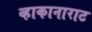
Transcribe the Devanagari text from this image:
व्हाकानाराट